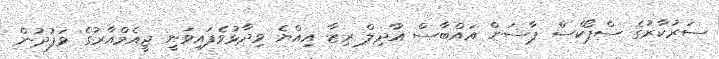
ސަރުކާރުގެ ސްޕޯކްސް ޕާސަން އައްބާސް އާދިލް ރިޒާ އިއްޔެ ވިދާޅުވެފައިވަނީ ޖީއެމްއާރުގެ ވަފުދުން